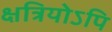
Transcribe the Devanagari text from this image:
क्षत्रियोऽपि